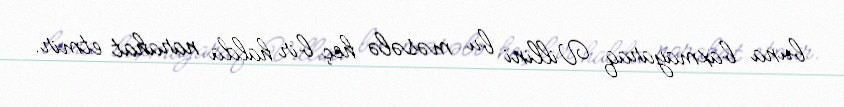
buna baxmayaraq Villini bu məsələ heç bir halda narahat etmir.